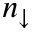
n _ { \downarrow }